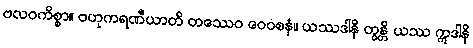
ဗလဝကိစ္စာ။ ဗဟုကရဏီယာတိ တဿေဝ ဝေဝစနံ။ ယဿဒါနိ တွန္တိ ယဿ ဣဒါနိ